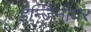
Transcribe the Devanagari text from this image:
इन्जिनीयर